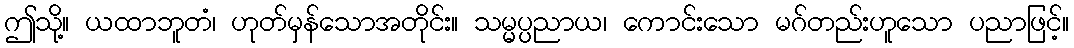
ဤသို့။ ယထာဘူတံ၊ ဟုတ်မှန်သောအတိုင်း။ သမ္မပ္ပညာယ၊ ကောင်းသော မဂ်တည်းဟူသော ပညာဖြင့်။